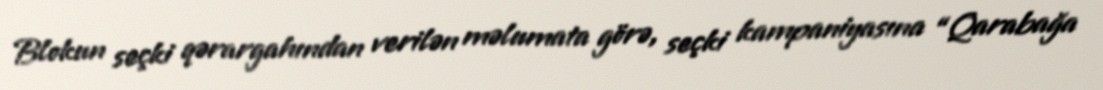
Blokun seçki qərargahından verilən məlumata görə, seçki kampaniyasına “Qarabağa